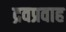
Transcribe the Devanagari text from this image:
द्रवप्रवाह